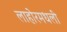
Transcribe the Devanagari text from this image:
लाहोरमधली